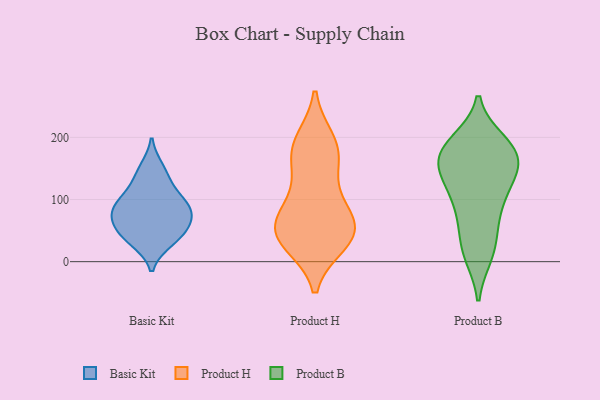
{"axis": {"x": "Headcount", "y": "Value"}, "legend": ["Basic Kit", "Product B", "Product H"], "data": [{"x": "", "y": 68, "type": "Basic Kit"}, {"x": "", "y": 69, "type": "Basic Kit"}, {"x": "", "y": 98, "type": "Basic Kit"}, {"x": "", "y": 75, "type": "Basic Kit"}, {"x": "", "y": 42, "type": "Basic Kit"}, {"x": "", "y": 33, "type": "Basic Kit"}, {"x": "", "y": 150, "type": "Basic Kit"}, {"x": "", "y": 43, "type": "Basic Kit"}, {"x": "", "y": 99, "type": "Basic Kit"}, {"x": "", "y": 132, "type": "Basic Kit"}, {"x": "", "y": 90, "type": "Basic Kit"}, {"x": "", "y": 31, "type": "Product H"}, {"x": "", "y": 41, "type": "Product H"}, {"x": "", "y": 54, "type": "Product H"}, {"x": "", "y": 46, "type": "Product H"}, {"x": "", "y": 182, "type": "Product H"}, {"x": "", "y": 101, "type": "Product H"}, {"x": "", "y": 52, "type": "Product H"}, {"x": "", "y": 46, "type": "Product H"}, {"x": "", "y": 178, "type": "Product H"}, {"x": "", "y": 193, "type": "Product H"}, {"x": "", "y": 90, "type": "Product H"}, {"x": "", "y": 156, "type": "Product H"}, {"x": "", "y": 174, "type": "Product B"}, {"x": "", "y": 193, "type": "Product B"}, {"x": "", "y": 181, "type": "Product B"}, {"x": "", "y": 175, "type": "Product B"}, {"x": "", "y": 139, "type": "Product B"}, {"x": "", "y": 79, "type": "Product B"}, {"x": "", "y": 12, "type": "Product B"}, {"x": "", "y": 11, "type": "Product B"}, {"x": "", "y": 192, "type": "Product B"}, {"x": "", "y": 28, "type": "Product B"}, {"x": "", "y": 169, "type": "Product B"}, {"x": "", "y": 89, "type": "Product B"}, {"x": "", "y": 167, "type": "Product B"}, {"x": "", "y": 145, "type": "Product B"}, {"x": "", "y": 58, "type": "Product B"}, {"x": "", "y": 108, "type": "Product B"}, {"x": "", "y": 139, "type": "Product B"}, {"x": "", "y": 126, "type": "Product B"}]}